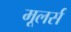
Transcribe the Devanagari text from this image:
मूलर्स